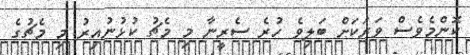
ކޮންމެވެސް ވަރަކަށް ބަލިވެ ހުރެ ސެރީނާ މި މެޗު ކުޅުނުއިރު މި މެޗުގެ